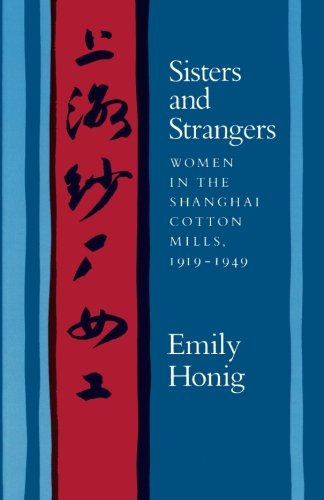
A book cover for Sisters and Strangers: Women in the Shanghai Cotton Mills, 1919-1949; Emily Honig; Business & Money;